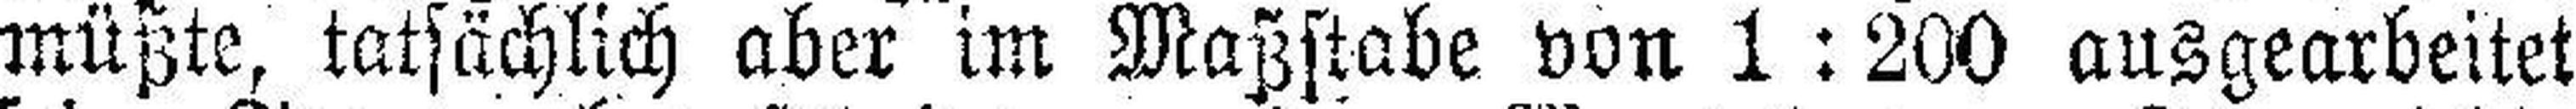
müßte, tatsächlich aber im Maßstabe von 1:200 ausgearbeitet